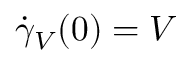
{ \dot { \gamma } } _ { V } ( 0 ) = V